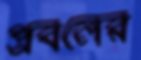
প্রবলের